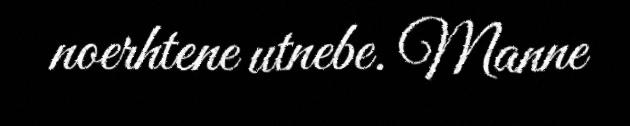
noerhtene utnebe. Manne